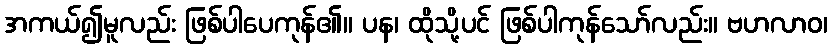
အကယ်၍မူလည်း ဖြစ်ပါပေကုန်၏။ ပန၊ ထိုသို့ပင် ဖြစ်ပါကုန်သော်လည်း။ ဗဟလာဝ၊